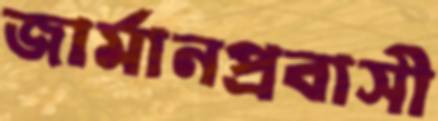
জার্মানপ্রবাসী